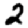
Digit: 2